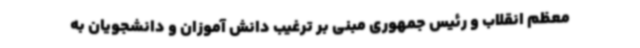
معظم انقلاب و رئیس جمهوری مبنی بر ترغیب دانش آموزان و دانشجویان به